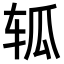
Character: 𮝴